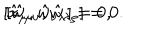
[ \hat { x } _ { \mu } , \hat { w } _ { \nu \lambda } ] = 0 , \hspace { 0 . 4 c m } [ \hat { w } _ { \mu \nu } , \hat { w } _ { \lambda \rho } ] = 0 .